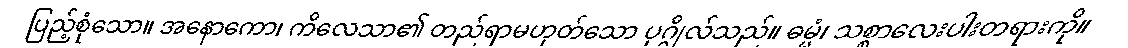
ပြည့်စုံသော။ အနောကော၊ ကိလေသာ၏ တည်ရာမဟုတ်သော ပုဂ္ဂိုလ်သည်။ ဓမ္မံ၊ သစ္စာလေးပါးတရားကို။